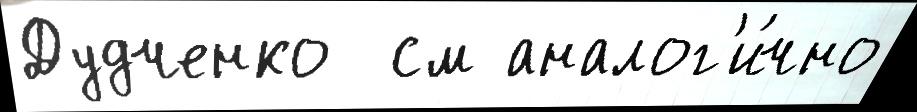
Дудченко  см аналог'и́чно